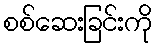
စစ်ဆေးခြင်းကို